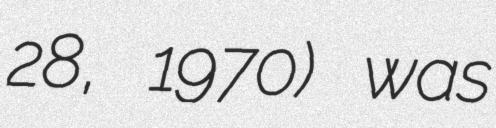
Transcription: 28, 1970) was